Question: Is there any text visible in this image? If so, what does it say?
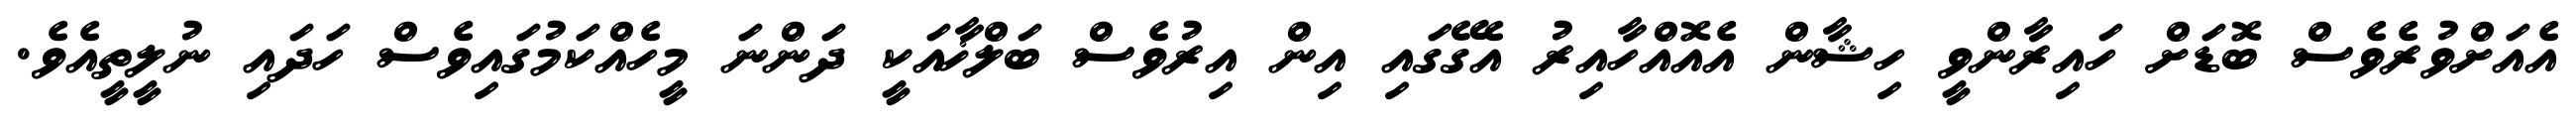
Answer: އެއަށްވުރެވެސް ބޮޑަށް ހައިރާންވީ ހިޝާން އެއޮއްހާއިރު އެގޭގައި އިން އިރުވެސް ބަލްޚާއަކީ ދަންނަ މީހެއްކަމުގައިވެސް ހަދައި ނުލީތީއެވެ.